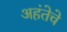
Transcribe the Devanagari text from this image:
अहंतेचे